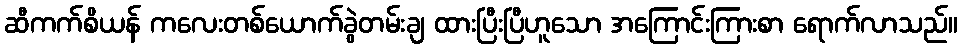
ဆီကက်စိယန် ကလေးတစ်ယောက်ခွဲတမ်းချ ထားပြီးပြီဟူသော အကြောင်းကြားစာ ရောက်လာသည်။